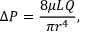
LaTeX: \Delta P = { \frac { 8 \mu L Q } { \pi r ^ { 4 } } } ,